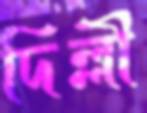
দিল্লী